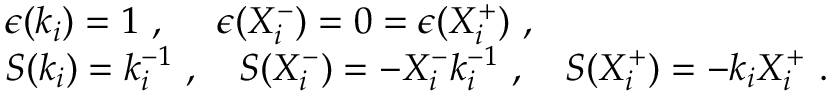
\begin{array} { l } { { \epsilon ( k _ { i } ) = 1 ~ , ~ ~ ~ ~ \epsilon ( X _ { i } ^ { - } ) = 0 = \epsilon ( X _ { i } ^ { + } ) ~ , } } \\ { { S ( k _ { i } ) = k _ { i } ^ { - 1 } ~ , ~ ~ ~ S ( X _ { i } ^ { - } ) = - X _ { i } ^ { - } k _ { i } ^ { - 1 } ~ , ~ ~ ~ S ( X _ { i } ^ { + } ) = - k _ { i } X _ { i } ^ { + } ~ . } } \end{array}